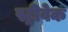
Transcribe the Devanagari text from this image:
स्ट्रीवेक